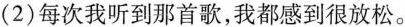
(2)每次我听到那首歌，我都感到很放松。